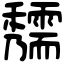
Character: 𥤃